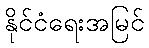
နိုင်ငံရေးအမြင်